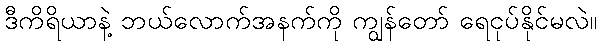
ဒီကိရိယာနဲ့ ဘယ်လောက်အနက်ကို ကျွန်တော် ရေငုပ်နိုင်မလဲ။